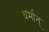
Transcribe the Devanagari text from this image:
धर्मान्